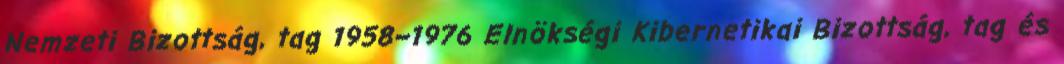
Nemzeti Bizottság, tag 1958–1976 Elnökségi Kibernetikai Bizottság, tag és